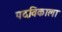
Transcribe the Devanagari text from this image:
पदविकाला